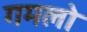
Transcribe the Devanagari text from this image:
गमलो